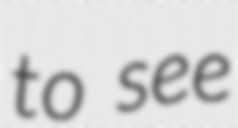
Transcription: to see